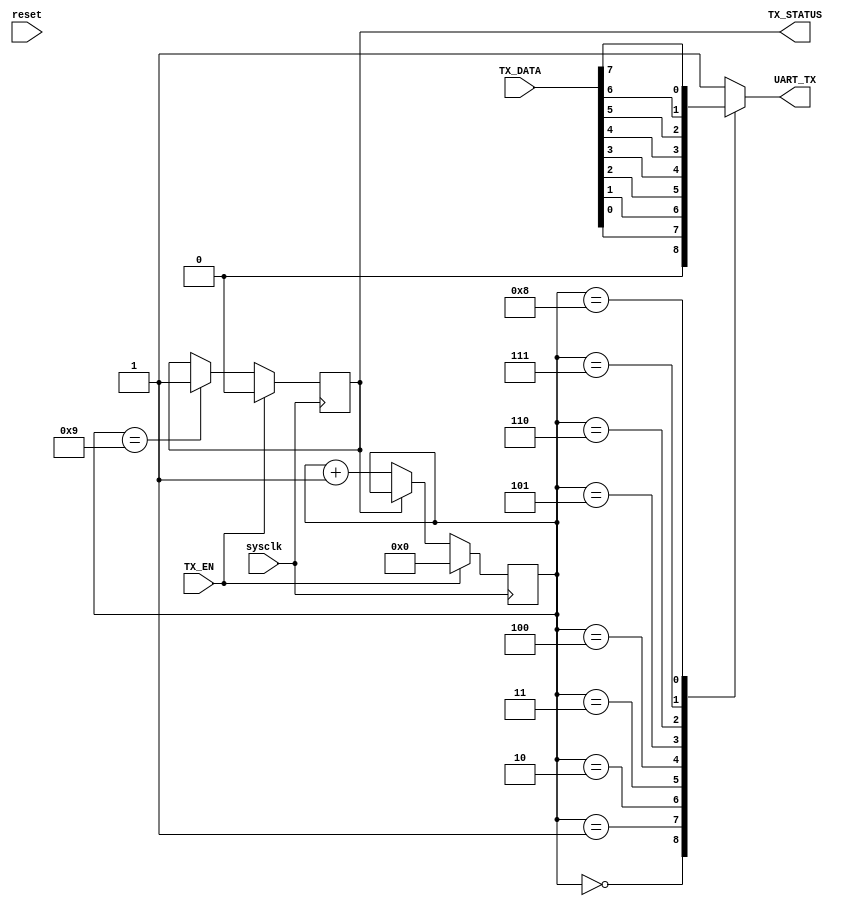
`timescale 1ns/1ns
module Sender(sysclk,reset,TX_DATA,TX_EN,TX_STATUS,UART_TX);

  input sysclk,reset,TX_EN;
  input [7:0] TX_DATA;
  output reg TX_STATUS,UART_TX;

  reg [7:0] count;

  initial
  begin
    TX_STATUS<=1;
    count<=8'd11;
  end

  always @ ( posedge sysclk)
  begin
    if(TX_EN)                        //start sending data
    begin
      count<=4'd0;                   //start counting
      TX_STATUS<=0;                  //mark that the sender is sending data
    end
    else
    begin
      if(~TX_STATUS)                 //while sendig data
        count<=count+8'd1;           //send one more data
      if(count==8'd9)                //have sent all the 8 data
        TX_STATUS<=1;                //mark that the sender has sent all data
    end
  end
  
  always @ ( count )
  begin
      case(count)                    //send data
      8'd0:UART_TX<=0;
      8'd1:UART_TX<=TX_DATA[0];
      8'd2:UART_TX<=TX_DATA[1];
      8'd3:UART_TX<=TX_DATA[2];
      8'd4:UART_TX<=TX_DATA[3];
      8'd5:UART_TX<=TX_DATA[4];
      8'd6:UART_TX<=TX_DATA[5];
      8'd7:UART_TX<=TX_DATA[6];
      8'd8:UART_TX<=TX_DATA[7];
      8'd9:UART_TX<=1;
	  default:UART_TX<=1;
      endcase
  end

endmodule